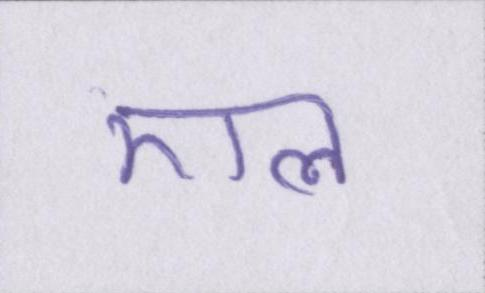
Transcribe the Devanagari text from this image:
एल